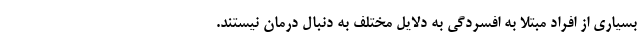
بسیاری از افراد مبتلا به افسردگی به دلایل مختلف به دنبال درمان نیستند.